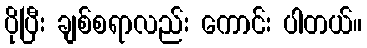
ပိုပြီး ချစ်စရာလည်း ကောင်း ပါတယ်။